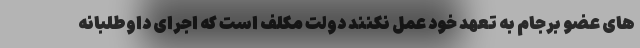
های عضو برجام به تعهد خود عمل نکنند دولت مکلف است که اجرای داوطلبانه